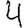
Digit: 4